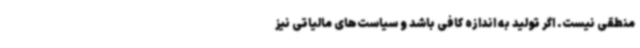
منطقی نیست. اگر تولید به اندازه کافی باشد و سیاست‌های مالیاتی نیز